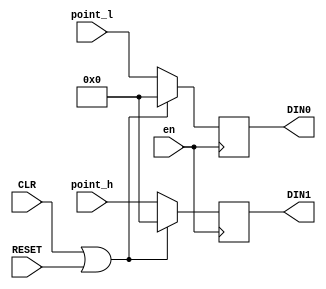
module counter(
	input wire en, CLR, RESET,
	input wire [3:0]point_h, 
	input wire [3:0]point_l,
	output reg [3:0] DIN0, DIN1
);

	always @( posedge en ) begin
		if ( CLR == 1 || RESET == 1 ) begin
			DIN0 <= 4'h0;
			DIN1 <= 4'h0;
		end
		else begin
			DIN1 <= point_h;
			DIN0 <= point_l;
		end
	end
endmodule